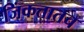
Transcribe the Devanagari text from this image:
जिंकतातच